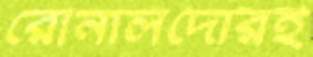
রোনালদোরই